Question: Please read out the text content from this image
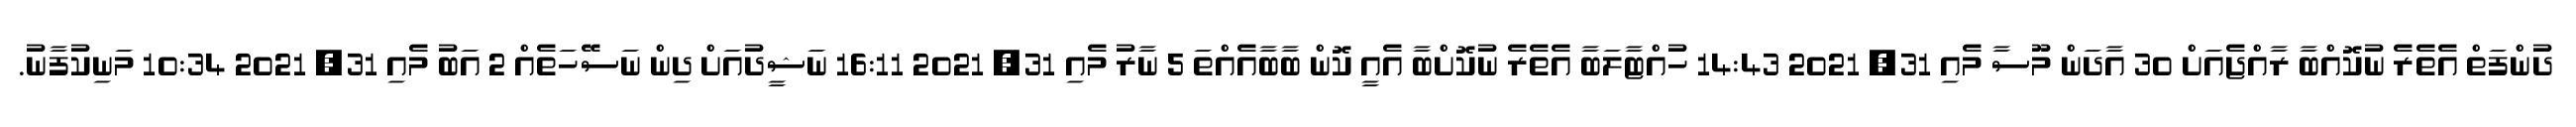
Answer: ދުންފަތް އެތެރެ ނުކޮއްބާ ރާއްޖެއަށް 30 އާދަން މޫސާ މެއި 31, 2021 14:43 ހުއްޓާލަބާ އެތެރެ ނުކޮށްބާ އެއީ ކޮން ބާބާއެއްތަ 5 ނާރު މެއި 31, 2021 16:11 ނަޝީދުއަށް ދިން ނަސޭހަތެއް 2 އަބު މެއި 31, 2021 10:34 މަނިކުފާނު.